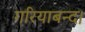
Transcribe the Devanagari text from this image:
गरियाबन्द।